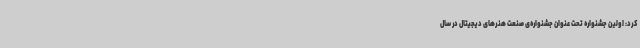
کرد: اولین جشنواره تحت عنوان جشنواره‌ی صنعت هنرهای دیجیتال در سال